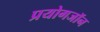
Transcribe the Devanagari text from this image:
प्रयोगजॉन